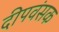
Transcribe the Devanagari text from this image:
दीपवंसक